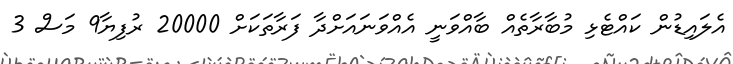
އެލައިޑުން ކައްޓެޅި މުބާރާތެއް ބާއްވަނީ އެއްވަނައަށްދާ ފަރާތަކަށް 20000 ރުފިޔާ9 މަސް 3